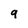
Character: 9